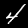
Label: 4